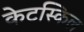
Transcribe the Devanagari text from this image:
केटस्किल